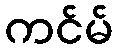
ကင်မ်